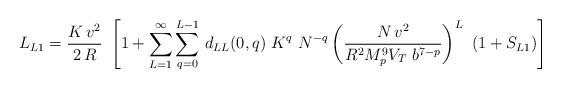
LaTeX: \begin{align*}L_{L1} = {K \, v^2 \over 2\, R} ~\left[1+\sum_{L = 1}^\infty \sum_{q=0}^{L-1}\, d_{LL}(0,q)~K^{q}~N^{-q} \left({N\,v^2\over R^2 M^9_p V_T~b^{7-p}}\right)^{L}~(1+S_{L1})\right]\end{align*}